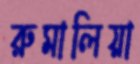
রুমালিয়া